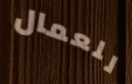
للعمال